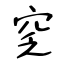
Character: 窆